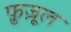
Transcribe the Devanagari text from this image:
फ़ुज़ूल